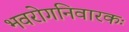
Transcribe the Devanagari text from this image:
भवरोगनिवारकः